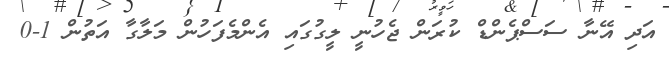
އަދި އޭނާ ސަސްޕެންޑް ކުރަން ޖެހުނީ ލީގުގައި އެންމެފަހުން މަލާގާ އަތުން 1-0